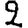
Digit: 2